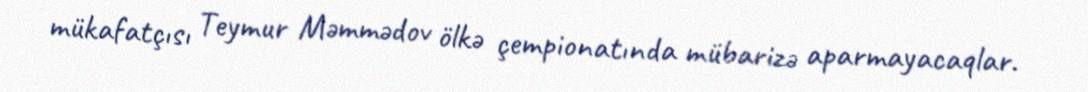
mükafatçısı Teymur Məmmədov ölkə çempionatında mübarizə aparmayacaqlar.